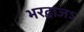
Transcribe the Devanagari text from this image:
भरद्वाजऽ